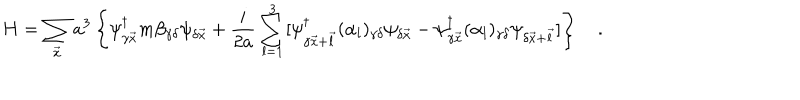
LaTeX: H = \sum _ { \vec { x } } a ^ { 3 } \left\{ \psi _ { \gamma \vec { x } } ^ { \dagger } m \beta _ { \gamma \delta } \psi _ { \delta \vec { x } } + \frac { i } { 2 a } \sum _ { l = 1 } ^ { 3 } [ \psi _ { \gamma \vec { x } + \vec { l } } ^ { \dagger } ( \alpha _ { l } ) _ { \gamma \delta } \psi _ { \delta \vec { x } } - \psi _ { \gamma \vec { x } } ^ { \dagger } ( \alpha _ { l } ) _ { \gamma \delta } \psi _ { \delta \vec { x } + \vec { l } } ] \right\} \quad .